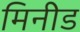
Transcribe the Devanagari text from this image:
मिनीड